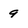
Character: 9